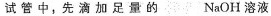
试管中，先滴加足量的NaOH溶液CaCl2溶液